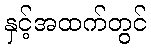
နှင့်အထက်တွင်